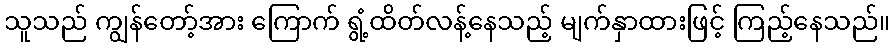
သူသည် ကျွန်တော့်အား ကြောက် ရွံ့ထိတ်လန့်နေသည့် မျက်နှာထားဖြင့် ကြည့်နေသည်။